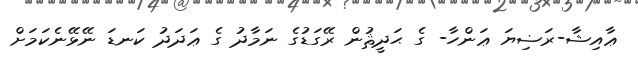
ޢާއިޝާ-ރަޟިޔަ ޢަންހާ- ގެ ޙަދީޘުން ރޭގަޑުގެ ނަމާދު ގެ ޢަދަދު ކަނޑަ ނޭޅޭނެކަމަށް